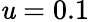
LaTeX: \mathit{u}=0.1